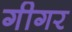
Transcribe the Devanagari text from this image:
गीगर